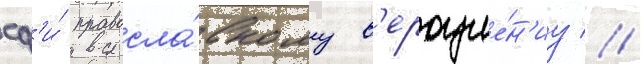
сф'и́ правосла́вному в'ероуче́н'иу //